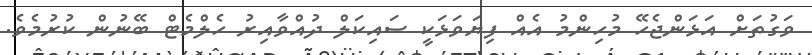
ވަގުތަށް އަޅަންޖެހޭ މުހިންމު އެއް ފިޔަވަޅަކީ ސައިކަލް ދުއްވާއިރު ހެލްމެޓް ބޭނުން ކުރުމެވެ.